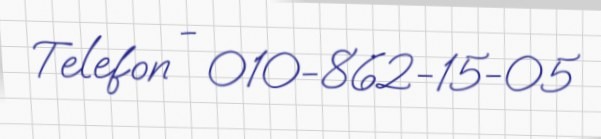
Telefon - 010-862-15-05